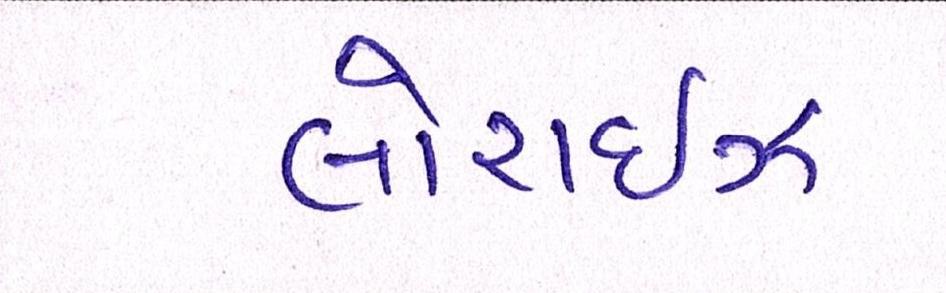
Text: લોરાઈઝ